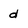
Character: d